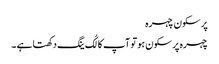
پر سکون چہرہ
چہرہ پرسکون ہو تو آپ کا لُک ینگ دکھتا ہے ۔